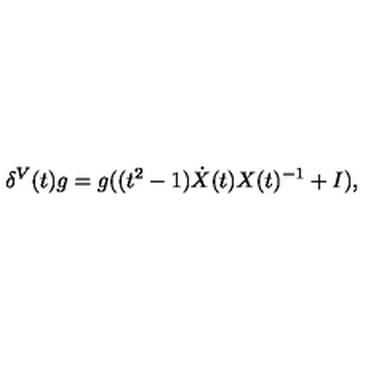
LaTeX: \delta ^ { V } ( t ) g = g ( ( t ^ { 2 } - 1 ) \dot { X } ( t ) X ( t ) ^ { - 1 } + I ) ,